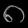
Digit: ၈